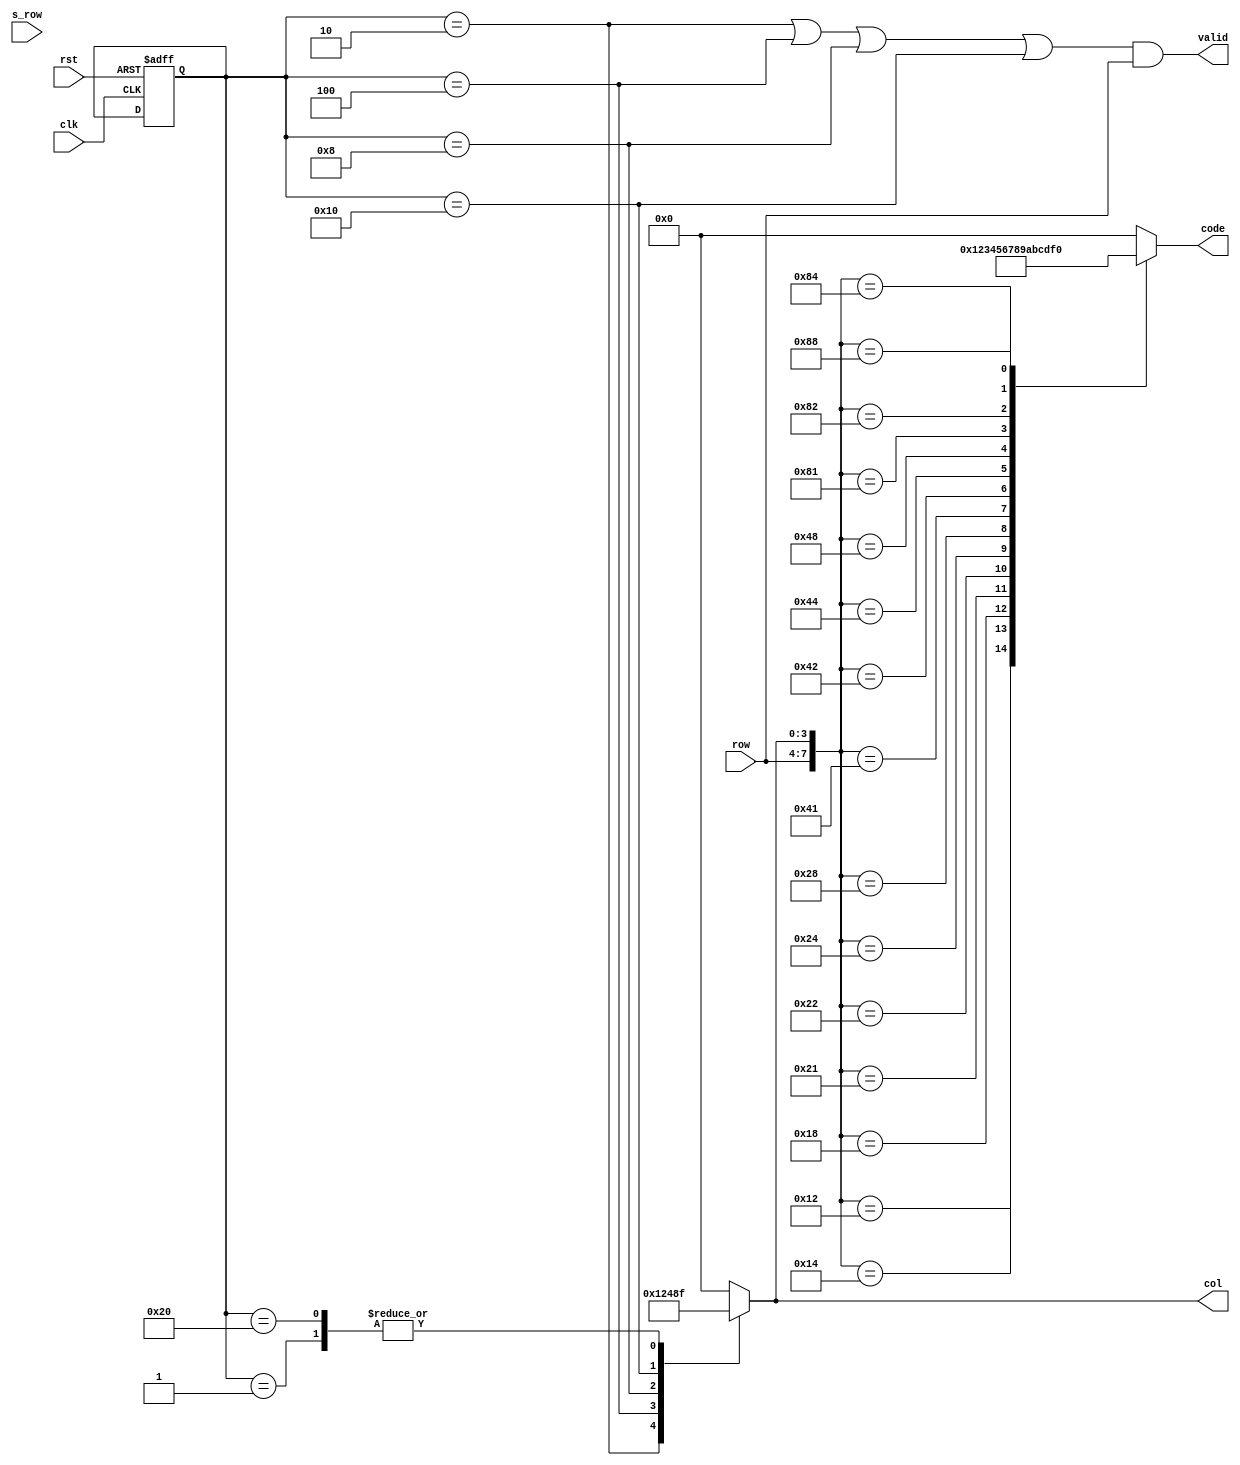
module hex_keypad(
    input [3:0]row, input s_row, clk, rst, output reg [3:0]code, col, output valid
);
parameter s_0 = 6'b000_001,
          s_1 = 6'b000_010,
          s_2 = 6'b000_100,
          s_3 = 6'b001_000,
          s_4 = 6'b010_000,
          s_5 = 6'b100_000;

reg [5:0] state, next_state;

assign valid = ((state == s_1) || (state == s_2) || (state == s_3) || (state == s_4)) && row;

always @(row or col) begin
    case({row,col}) 
        8'b0001_0001: code = 4'b0000;
        8'b0001_0010: code = 4'b0001;
        8'b0001_0100: code = 4'b0010;
        8'b0001_1000: code = 4'b0011;

        8'b0010_0001: code = 4'b0100;
        8'b0010_0010: code = 4'b0101;
        8'b0010_0100: code = 4'b0110;
        8'b0010_1000: code = 4'b0111;

        8'b0100_0001: code = 4'b1000;
        8'b0100_0010: code = 4'b1001;
        8'b0100_0100: code = 4'b1010;
        8'b0100_1000: code = 4'b1011;

        8'b1000_0001: code = 4'b1100;
        8'b1000_0010: code = 4'b1101;
        8'b1000_0100: code = 4'b1110;
        8'b1000_1000: code = 4'b1111;

        default : code  = 4'b0000;
    endcase
end

always @(posedge clk or posedge rst ) begin
    if (rst)
    state <= s_0;
    else
    next_state <= state;
end

always @(state or row or s_row) begin
    next_state = state;
    col = 4'b0000;
    case (state)
        s_0 : begin
                col = 4'b1111;
                if(s_row)
                next_state = s_1;
              end
        s_1 : begin
                col = 4'b0001;
                if(row)
                next_state = s_5;
                else
                next_state = s_2;
              end
        s_2 : begin
                col = 4'b0010;
                if(row)
                next_state = s_5;
                else
                next_state = s_3;
              end
        s_3 : begin
                col = 4'b0100;
                if(row)
                next_state = s_5;
                else
                next_state = s_4;
              end
        s_4 : begin
                col = 4'b1000;
                if(row)
                next_state = s_5;
                else
                next_state = s_0;
              end
        s_5 : begin
                col = 4'b1111;
                if(row == 4'b0000)
                next_state = s_0;
              end
    endcase    
end
endmodule